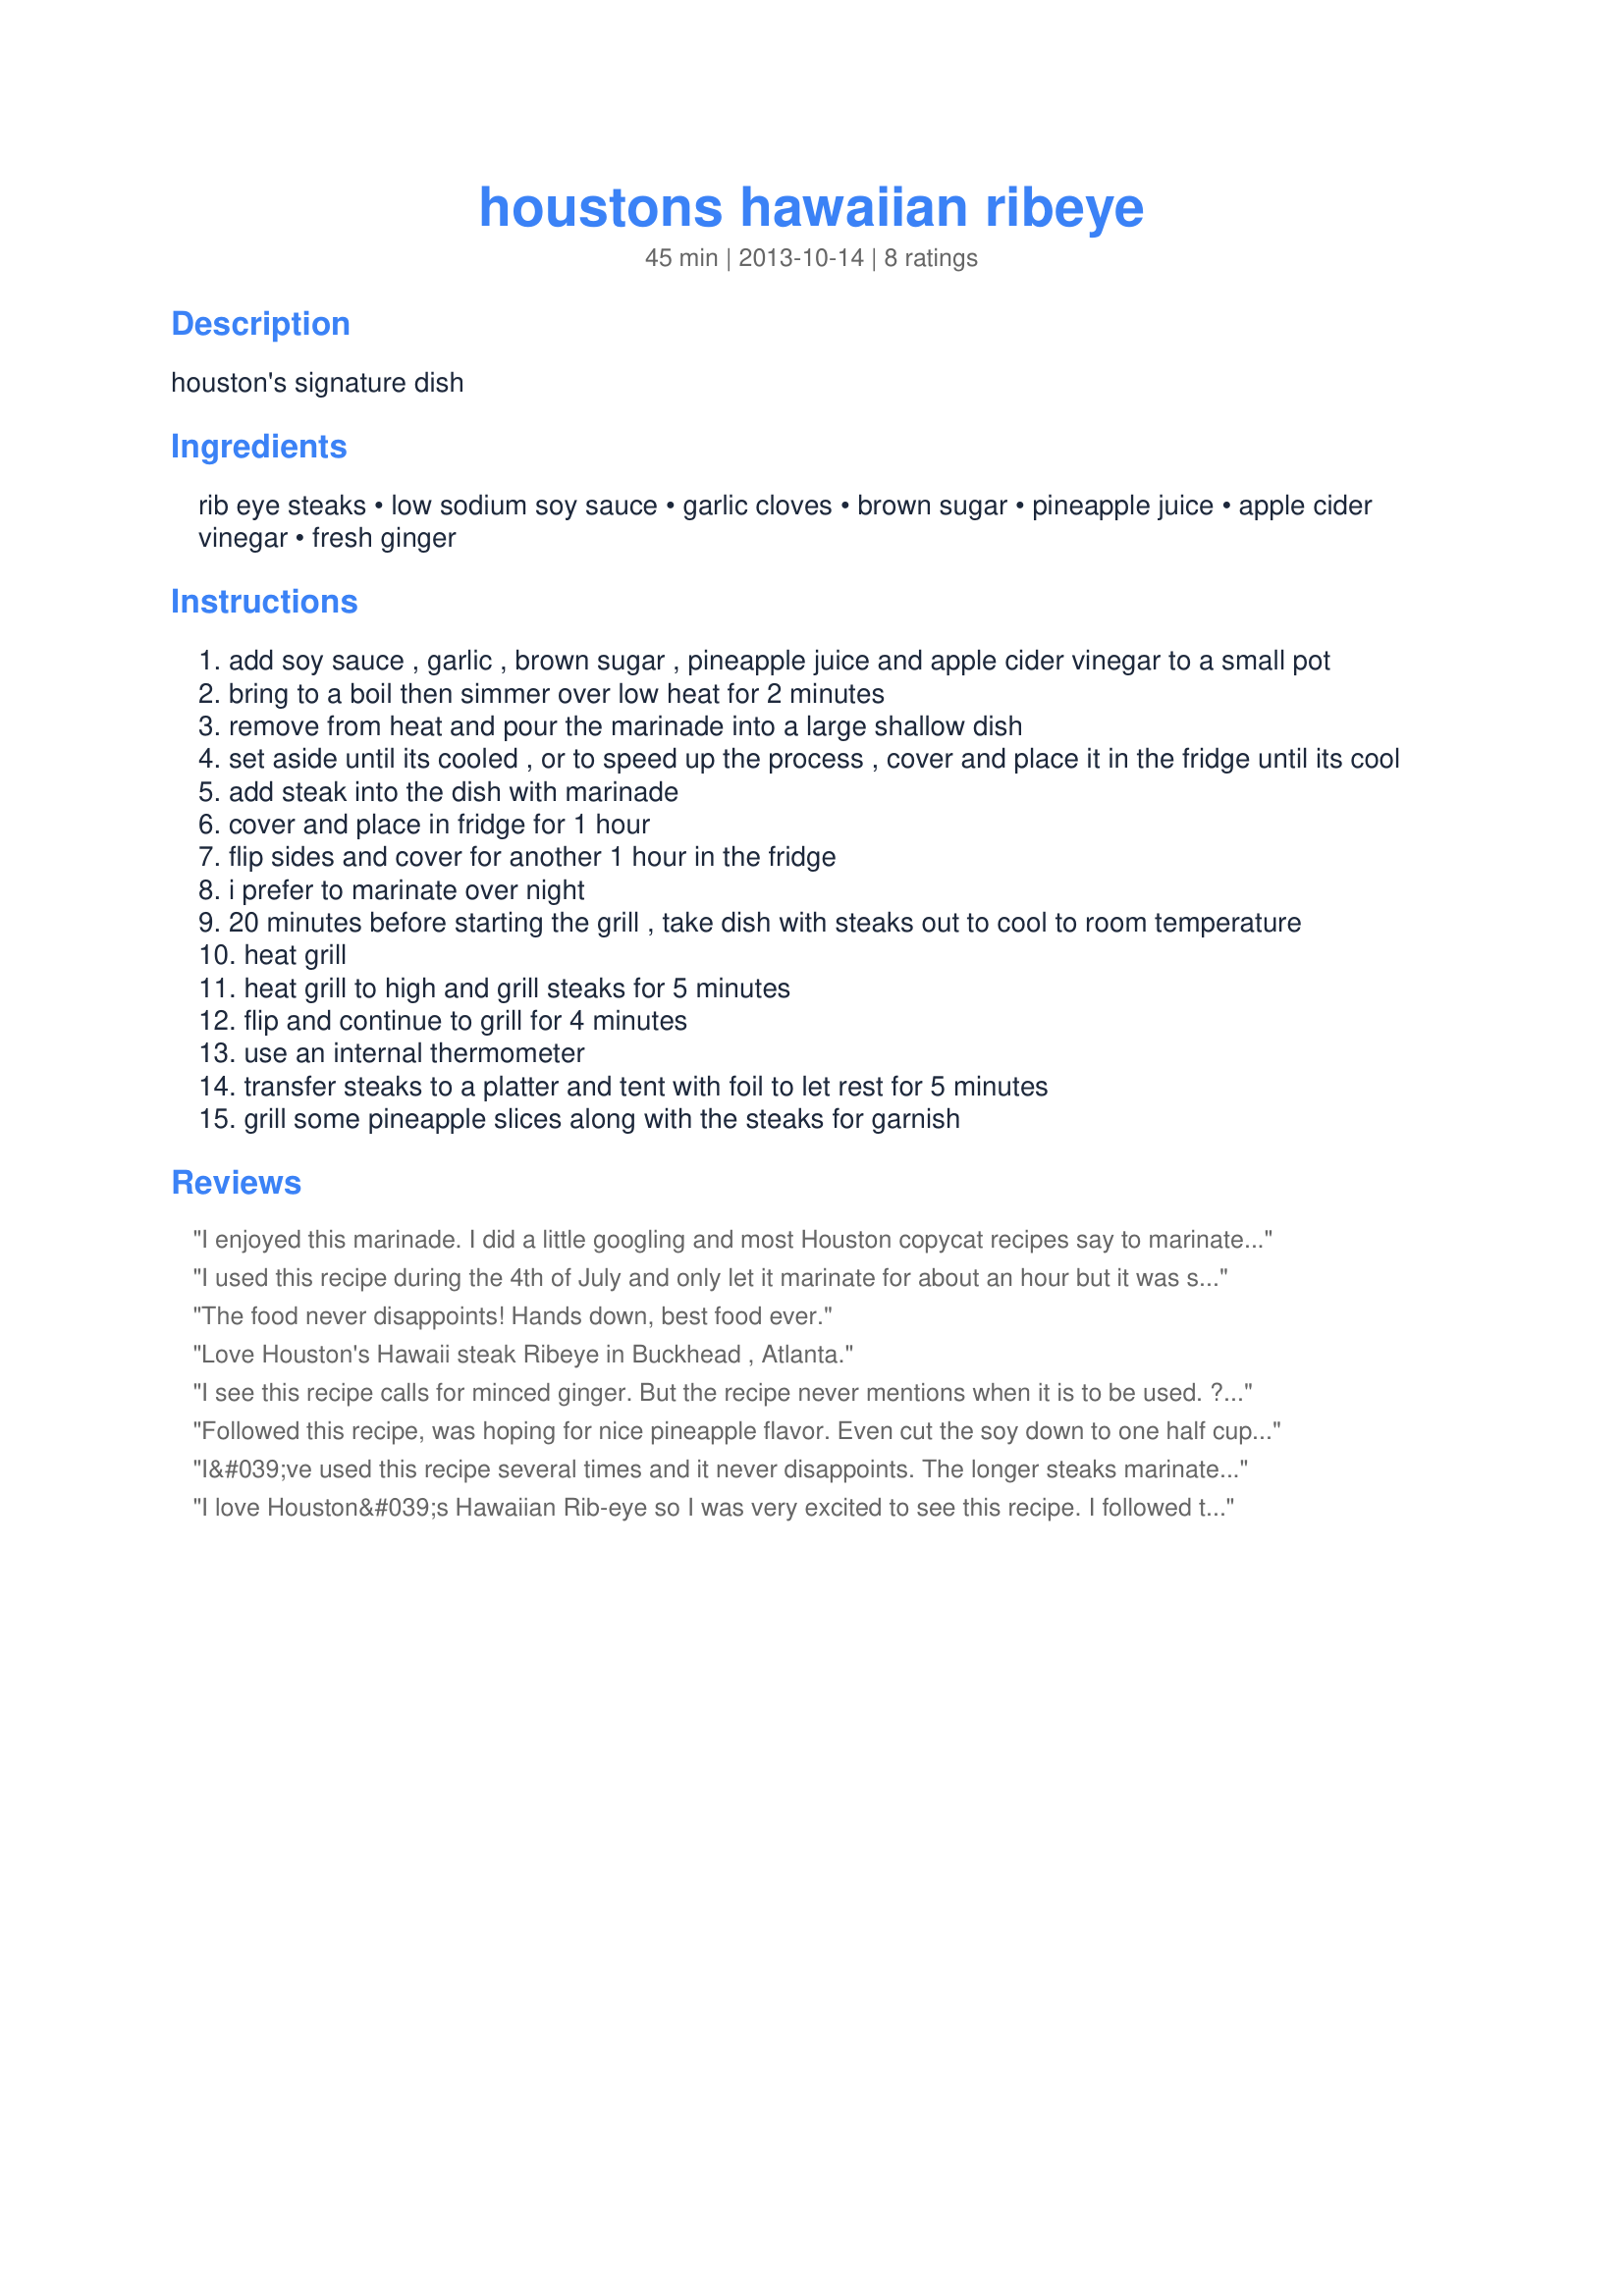
houstons hawaiian ribeye
Preparation time: 45 minutes

houston's signature dish

Ingredients:
rib eye steaks, low sodium soy sauce, garlic cloves, brown sugar, pineapple juice, apple cider vinegar, fresh ginger

Steps:
add soy sauce , garlic , brown sugar , pineapple juice and apple cider vinegar to a small pot
bring to a boil then simmer over low heat for 2 minutes
remove from heat and pour the marinade into a large shallow dish
set aside until its cooled , or to speed up the process , cover and place it in the fridge until its cool
add steak into the dish with marinade
cover and place in fridge for 1 hour
flip sides and cover for another 1 hour in the fridge
i prefer to marinate over night
20 minutes before starting the grill , take dish with steaks out to cool to room temperature
heat grill
heat grill to high and grill steaks for 5 minutes
flip and continue to grill for 4 minutes
use an internal thermometer
transfer steaks to a platter and tent with foil to let rest for 5 minutes
grill some pineapple slices along with the steaks for garnish

Reviews:
I enjoyed this marinade. I did a little googling and most Houston copycat recipes say to marinate for no less than 2 days, but I was using this with thin cut ribeyes in the fridge that didn't have two more days left on them, so we just did it for a few hours. It was good! Also cooked the ribeye on the foreman and sprinkled some pineapple slices with sugar and grilled those on there, to top off the steaks. It was a nice compliment. Served with coconut rice and a sugar snap pea medley!
I used this recipe during the 4th of July and only let it marinate for about an hour but it was still very good. I used a can of pineapple chunks instead of juice and I didn't use ginger, but the flavor was still very good. I definitely would use it again.
The food never disappoints! Hands down, best food ever.
Love Houston's Hawaii steak Ribeye in Buckhead , Atlanta.
I see this recipe calls for minced ginger. But the recipe never mentions when it is to be used. ??? Presumably added into the marinade at the front end of things?
Followed this recipe, was hoping for nice pineapple flavor. Even cut the soy down to one half cup, used organic no sugar added pineapple juice. Still came out like teriyaki will have to find another recipe. :(
I&#039;ve used this recipe several times and it never disappoints. The longer steaks marinate, the better.
I love Houston&#039;s Hawaiian Rib-eye so I was very excited to see this recipe. I followed the directions as stated except I did not see where it said to put the ginger so I put it in the pot with everything else. I also don&#039;t have a grill so I used a George Foreman Grill. I was very happy with the way the steaks turned out although the flavor was not as strong as I would have liked. I will definitely make this again only next time I plan on letting it marinate longer than the two hours stated. Thank you for posting this recipe!
